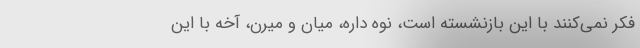
فکر نمی‌کنند با این بازنشسته است، نوه داره، میان و میرن، آخه با این